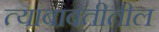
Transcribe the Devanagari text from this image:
त्‍याबाबतीतील